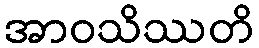
အာဝသိဿတိ